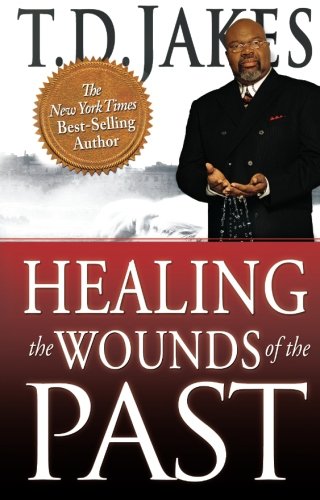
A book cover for Healing the Wounds of the Past; T. D. Jakes; Self-Help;